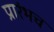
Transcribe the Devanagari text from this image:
प्रारंभच